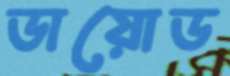
ডায়োড